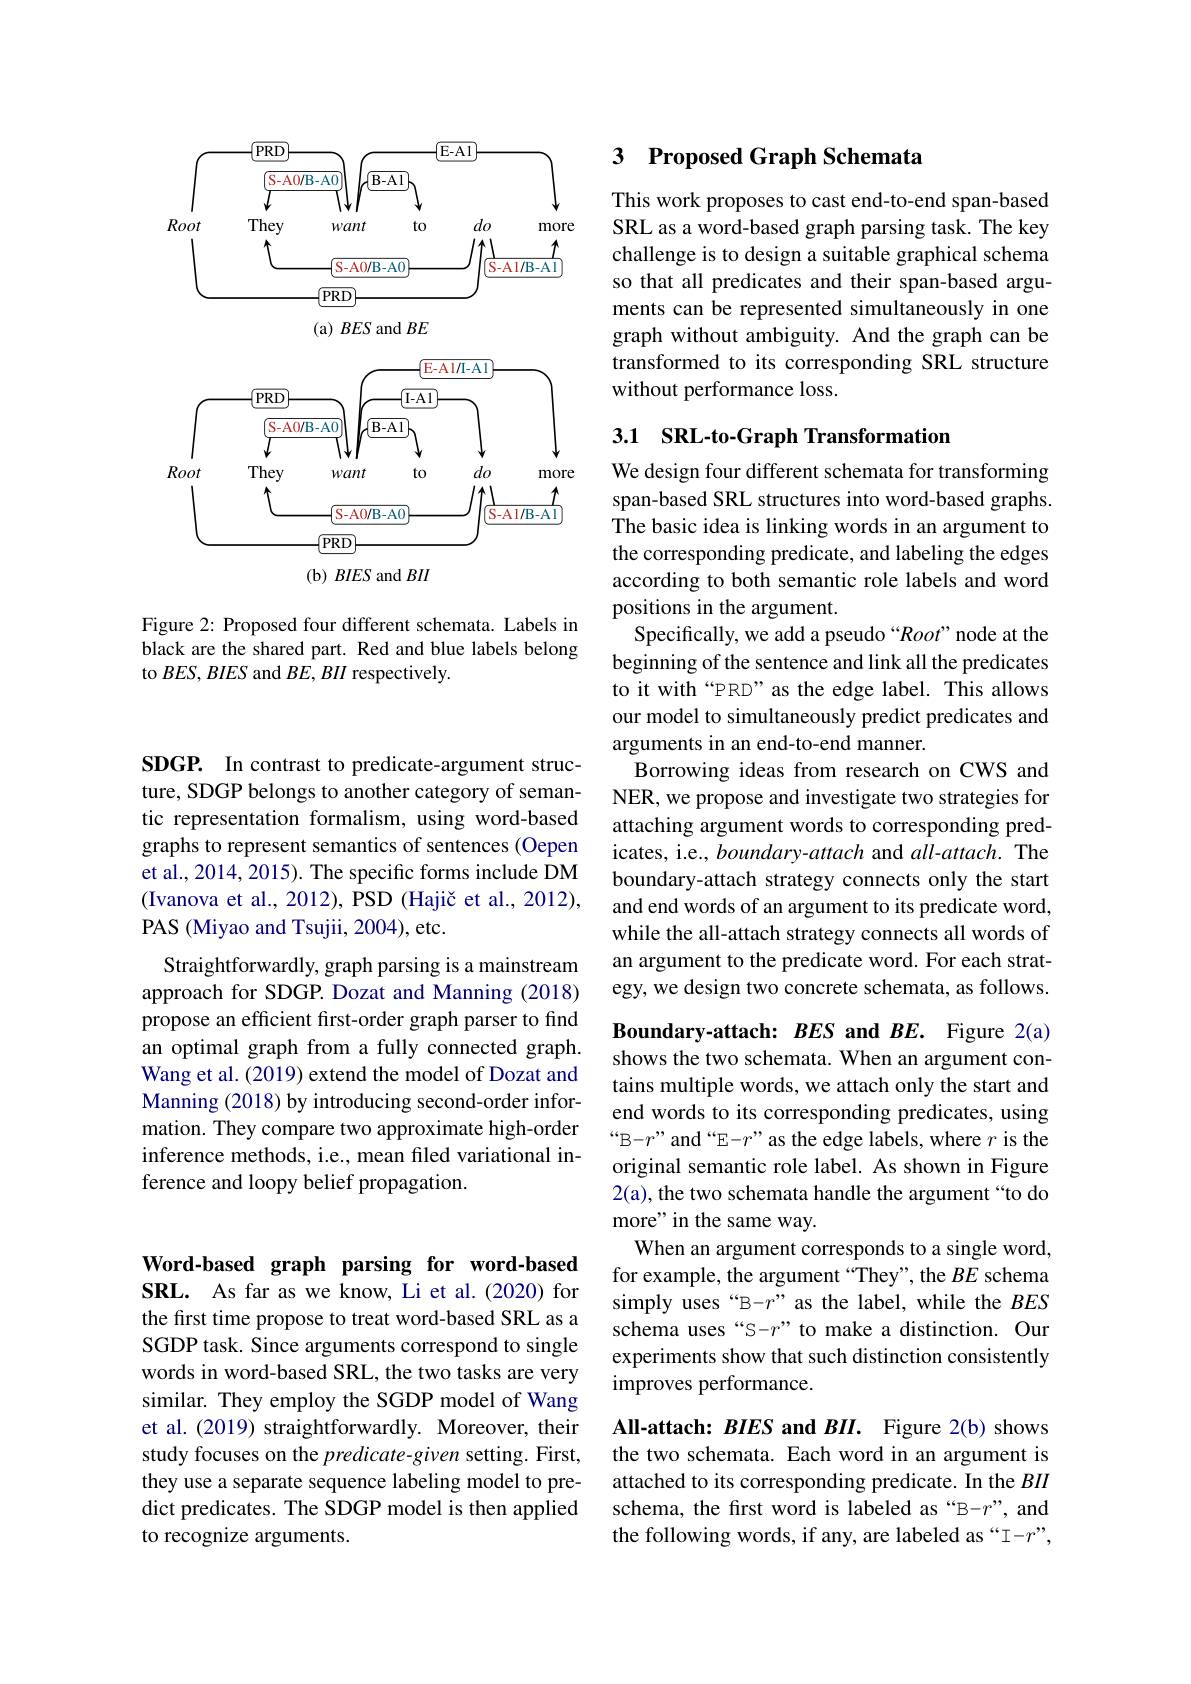
<FigureHere>

Figure 2: Proposed four different schemata. Labels in black are the shared part. Red and blue labels belong to $BES,BIES$ and $BE,BII$ respectively.

Word-based graph parsing for word-based SRL. As far as we know, Li et al.(2020) for the first time propose to treat word-based SRL as a SGDP task. Since arguments correspond to single words in word-based SRL, the two tasks are very similar. They employ the SGDP model of Wang et al. (2019) straightforwardly. Moreover, their study focuses on the predicate-given setting. First, they use a separate sequence labeling model to predict predicates. The SDGP model is then applied to recognize arguments.

SDGP. In contrast to predicate-argument structure, SDGP belongs to another category of semantic representation formalism, using word-based graphs to represent semantics of sentences (Oepen et al., 2014, 2015). The specific forms include DM (Ivanova et al., 2012), PSD (Hajič et al., 2012), PAS (Miyao and Tsujii, 2004), etc.
Straightforwardly, graph parsing is a mainstream approach for SDGP. Dozat and Manning (2018) propose an efficient first-order graph parser to find an optimal graph from a fully connected graph. Wang et al. (2019) extend the model of Dozat and Manning (2018) by introducing second-order information. They compare two approximate high-order inference methods, i.e., mean filed variational inference and loopy belief propagation.

## 3 Proposed Graph Schemata

This work proposes to cast end-to-end span-based SRL as a word-based graph parsing task. The key challenge is to design a suitable graphical schema so that all predicates and their span-based arguments can be represented simultaneously in one graph without ambiguity. And the graph can be transformed to its corresponding SRL structure without performance loss.

## 3.1 SRL-to-Graph Transformation

We design four different schemata for transforming span-based SRL structures into word-based graphs. The basic idea is linking words in an argument to the corresponding predicate, and labeling the edges according to both semantic role labels and word positions in the argument.
Specifically, we add a pseudo “Root”node at the beginning of the sentence and link all the predicates to it with“PRD”as the edge label. This allows our model to simultaneously predict predicates and arguments in an end-to-end manner.
Borrowing ideas from research on CWS and NER, we propose and investigate two strategies for attaching argument words to corresponding predicates, i.e., boundary-attach and all-attach. The boundary-attach strategy connects only the start and end words of an argument to its predicate word, while the all-attach strategy connects all words of an argument to the predicate word. For each strategy, we design two concrete schemata, as follows.

Boundary-attach: BES and $BE.$ Figure 2(a) shows the two schemata. When an argument contains multiple words, we attach only the start and end words to its corresponding predicates, using “B-r”and“E-r”as the edge labels, where $r$ is the original semantic role label. As shown in Figure 2(a), the two schemata handle the argument “to do more" in the same way.
When an argument corresponds to a single word, for example, the argument“They”, the $BE$ schema simply uses“B-r”as the label, while the $BES$ schema uses“S-r”to make a distinction. Our experiments show that such distinction consistently improves performance.

All-attach: BIES and $BII.$ Figure 2(b) shows the two schemata. Each word in an argument is attached to its corresponding predicate. In the $BII$ schema, the frst word is labeled as “B-r”, and the following words, if any, are labeled as “I-r”,